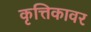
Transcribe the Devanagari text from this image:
कृत्तिकावर